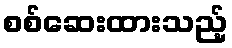
စစ်ဆေးထားသည့်